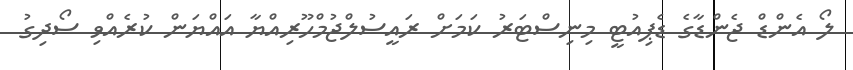
ލޯ އެންޑް ޖެންޑާގެ ޑެޕިއުޓީ މިނިސްޓަރު ކަމަށް ރައީސުލްޖުމްހޫރިއްޔާ އައްޔަން ކުރެއްވި ސޯދިގު